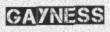
GAYNESS